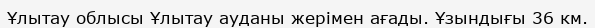
Ұлытау облысы Ұлытау ауданы жерімен ағады. Ұзындығы 36 км.